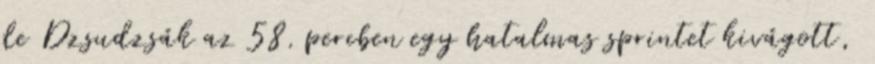
de Dzsudzsák az 58. percben egy hatalmas sprintet kivágott,